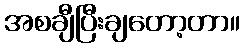
အစချီပြီးချတော့တာ။